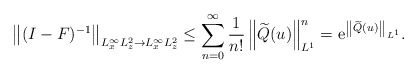
\begin{align*}\left\|(I-F)^{-1}\right\|_{L_x^{\infty} L_z^2\rightarrow L_x^{\infty} L_z^2} \leq \sum_{n=0}^{\infty}\frac{1}{n!}\left\|\widetilde{Q}(u)\right\|_{L^1}^n=\mathrm{e}^{\left\|\widetilde{Q}(u)\right\|_{L^1}}.\end{align*}